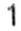
1